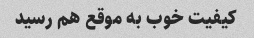
کیفیت خوب به موقع هم رسید